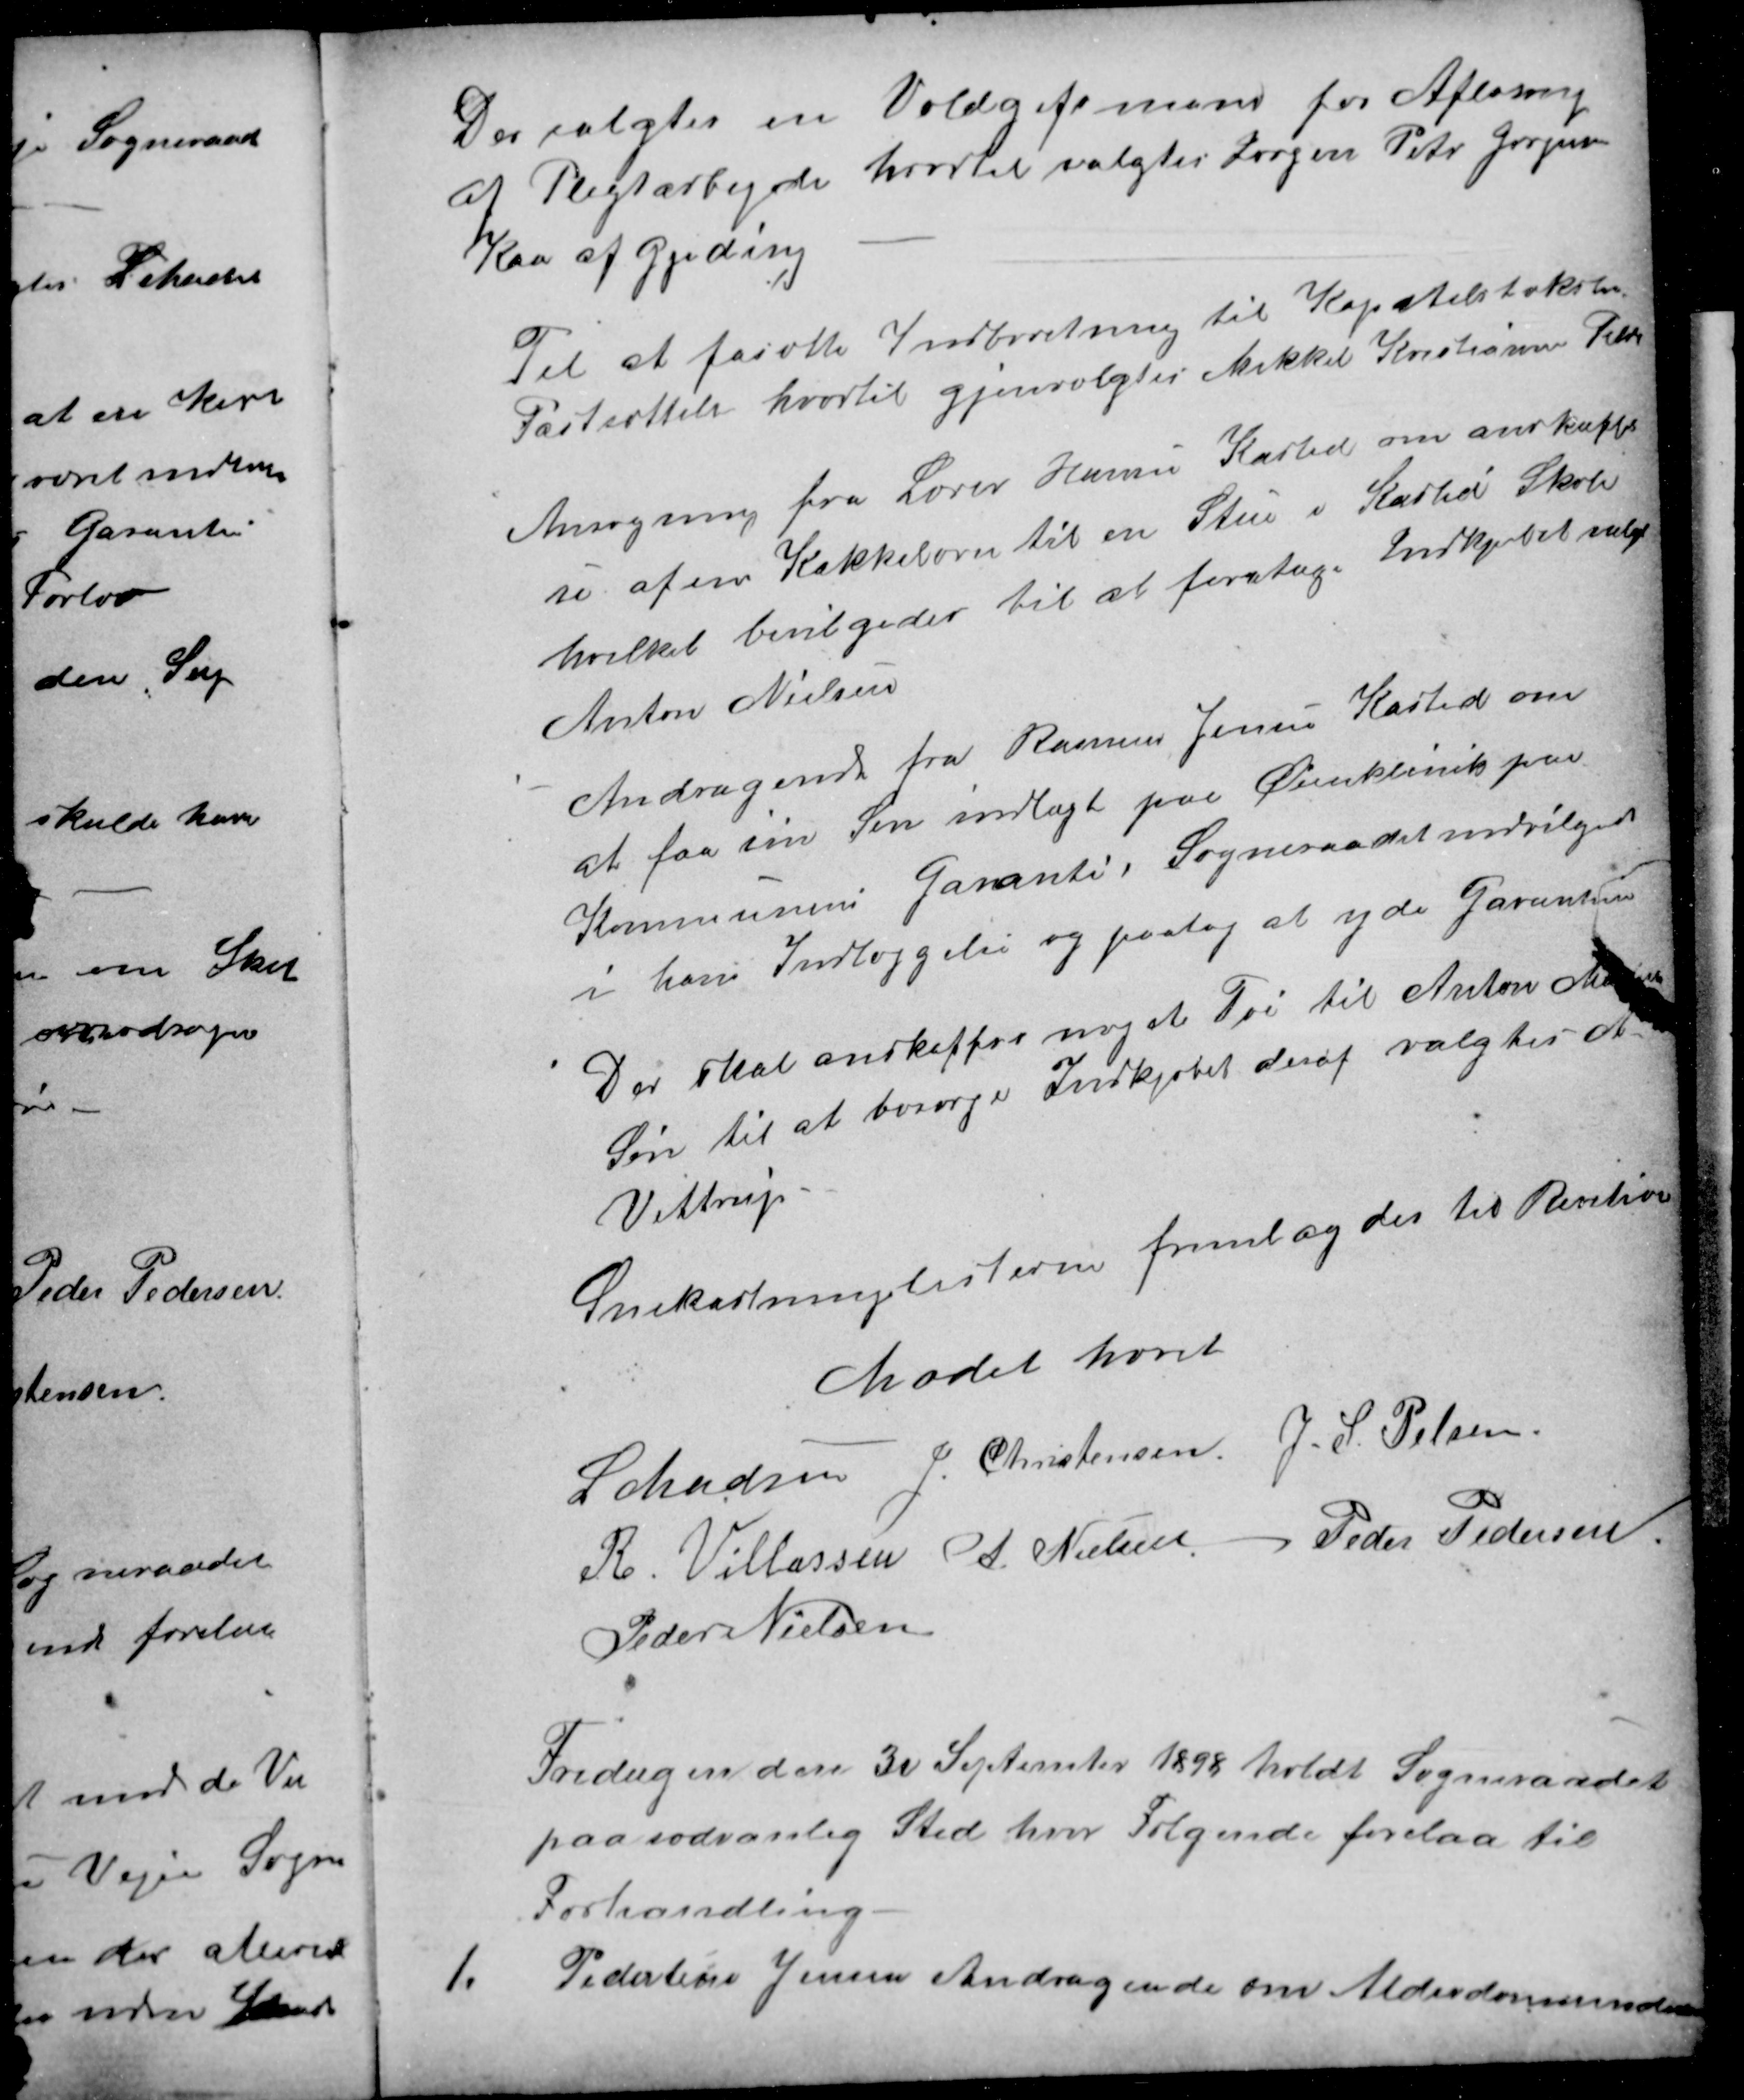
Transskription:
Der valgtes en Voldgifsmand for Afløsning
af Pligtarbejde hvortil valgtes Jørgen Peter Jørgensen
Kaa af Gjeding
Til at forætte Indberetning til Kapitelstakstens
Fastsættelse hvortil gjenvalgtes Mikkel Kristiansen Tilst
Ansøgning fra Lærer Hansen Kasted om anskaffel
se af en Kakkelovn til en Stue i Kasted Skole
hvilket bevilgedes til at foretage Indkjøbet valgtes
Anton Nielsen
Andragende fra Rasmus Jensen Kasted om
at faa sin Søn indlagt paa Øienklinik paa
Kommunens Garanti. Sogneraadet indvilgede
i hans Indlæggelse og paatog at yde Garantien
Der skal anskaffes noget Tøi til Anton Madsen
Søn til at besørge Indkjøbet deraf valgtes A
Vittrup
Snekastningslisterne fremlagdes til Revition
Mødet hævet
L Madsen
J. Christensen
J. S. Pelsen
R. Villassen
A. Nielsen
Peder Pedersen
Peder Nielsen
Fredagen den 30 September 1898 holdt Sogneraadet
paa sædvanlig Sted hvor Følgende forelaa til
Forhandling
1.
Pedertine Jensen Andragende om Alderdomsunderstøttelse